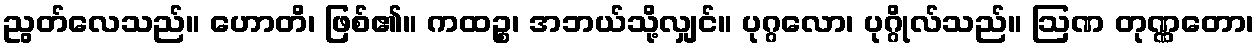
ညွတ်လေသည်။ ဟောတိ၊ ဖြစ်၏။ ကထဉ္စ၊ အဘယ်သို့လျှင်။ ပုဂ္ဂလော၊ ပုဂ္ဂိုလ်သည်။ ဩဏ တုဏ္ဏတော၊